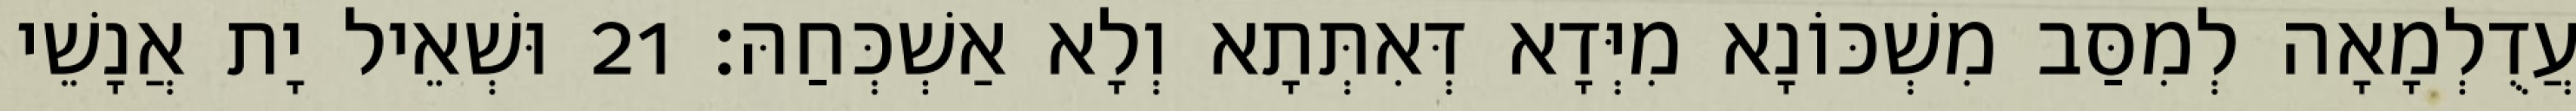
עֲדֻלְמָאָה לְמִסַּב מִשְׁכּוֹנָא מִיְּדָא דְּאִתְּתָא וְלָא אַשְׁכְּחַהּ׃ 21 וּשְׁאֵיל יָת אֲנָשֵׁי